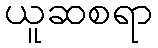
ယူဆစရာ